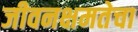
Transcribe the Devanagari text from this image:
जीवनक्षमतेचा